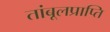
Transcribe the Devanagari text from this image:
तांबूलप्राप्ति